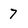
Character: 7